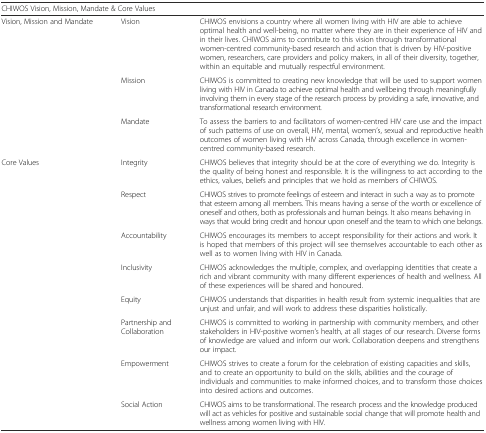
<table><thead><tr><td colspan="3"><b>CHIWOS Vision, Mission, Mandate &amp; Core Values</b></td></tr></thead><tbody><tr><td rowspan="3">Vision, Mission and Mandate</td><td>Vision</td><td>CHIWOS envisions a country where all women living with HIV are able to achieve optimal health and well-being, no matter where they are in their experience of HIV and in their lives. CHIWOS aims to contribute to this vision through transformational women-centred community-based research and action that is driven by HIV-positive women, researchers, care providers and policy makers, in all of their diversity, together, within an equitable and mutually respectful environment.</td></tr><tr><td>Mission</td><td>CHIWOS is committed to creating new knowledge that will be used to support women living with HIV in Canada to achieve optimal health and wellbeing through meaningfully involving them in every stage of the research process by providing a safe, innovative, and transformational research environment.</td></tr><tr><td>Mandate</td><td>To assess the barriers to and facilitators of women-centred HIV care use and the impact of such patterns of use on overall, HIV, mental, women’s, sexual and reproductive health outcomes of women living with HIV across Canada, through excellence in women-centred community-based research.</td></tr><tr><td rowspan="8">Core Values</td><td>Integrity</td><td>CHIWOS believes that integrity should be at the core of everything we do. Integrity is the quality of being honest and responsible. It is the willingness to act according to the ethics, values, beliefs and principles that we hold as members of CHIWOS.</td></tr><tr><td>Respect</td><td>CHIWOS strives to promote feelings of esteem and interact in such a way as to promote that esteem among all members. This means having a sense of the worth or excellence of oneself and others, both as professionals and human beings. It also means behaving in ways that would bring credit and honour upon oneself and the team to which one belongs.</td></tr><tr><td>Accountability</td><td>CHIWOS encourages its members to accept responsibility for their actions and work. It is hoped that members of this project will see themselves accountable to each other as well as to women living with HIV in Canada.</td></tr><tr><td>Inclusivity</td><td>CHIWOS acknowledges the multiple, complex, and overlapping identities that create a rich and vibrant community with many different experiences of health and wellness. All of these experiences will be shared and honoured.</td></tr><tr><td>Equity</td><td>CHIWOS understands that disparities in health result from systemic inequalities that are unjust and unfair, and will work to address these disparities holistically.</td></tr><tr><td>Partnership and Collaboration</td><td>CHIWOS is committed to working in partnership with community members, and other stakeholders in HIV-positive women’s health, at all stages of our research. Diverse forms of knowledge are valued and inform our work. Collaboration deepens and strengthens our impact.</td></tr><tr><td>Empowerment</td><td>CHIWOS strives to create a forum for the celebration of existing capacities and skills, and to create an opportunity to build on the skills, abilities and the courage of individuals and communities to make informed choices, and to transform those choices into desired actions and outcomes.</td></tr><tr><td>Social Action</td><td>CHIWOS aims to be transformational. The research process and the knowledge produced will act as vehicles for positive and sustainable social change that will promote health and wellness among women living with HIV.</td></tr></tbody></table>